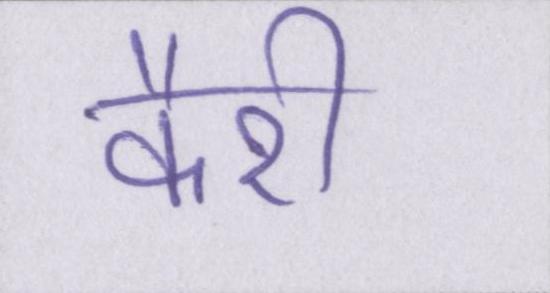
कैरी